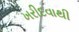
ખરીદવાથી